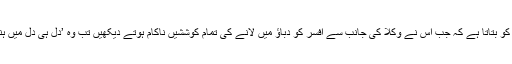
وہ مجمعے کو بتاتا ہے کہ جب اس نے وکلا کی جانب سے افسر کو دباؤ میں لانے کی تمام کوششیں ناکام ہوتے دیکھیں تب وہ ’دل ہی دل میں ہنس رہا تھا‘۔